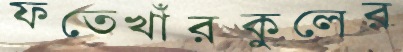
ফতেখাঁরকুলের